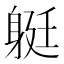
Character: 𨉈